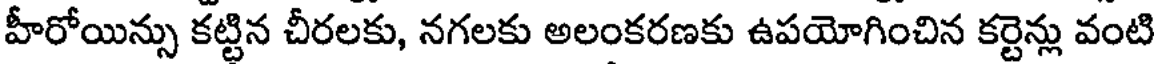
హీరోయిన్సు కట్టిన చీరలకు, నగలకు అలంకరణకు ఉపయోగించిన కర్టెన్లు వంటి